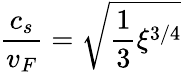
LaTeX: \frac{c_{s}}{v_{F}}=\sqrt{{\frac{1}{3}}\xi^{3/4}}